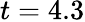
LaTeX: t=4.3